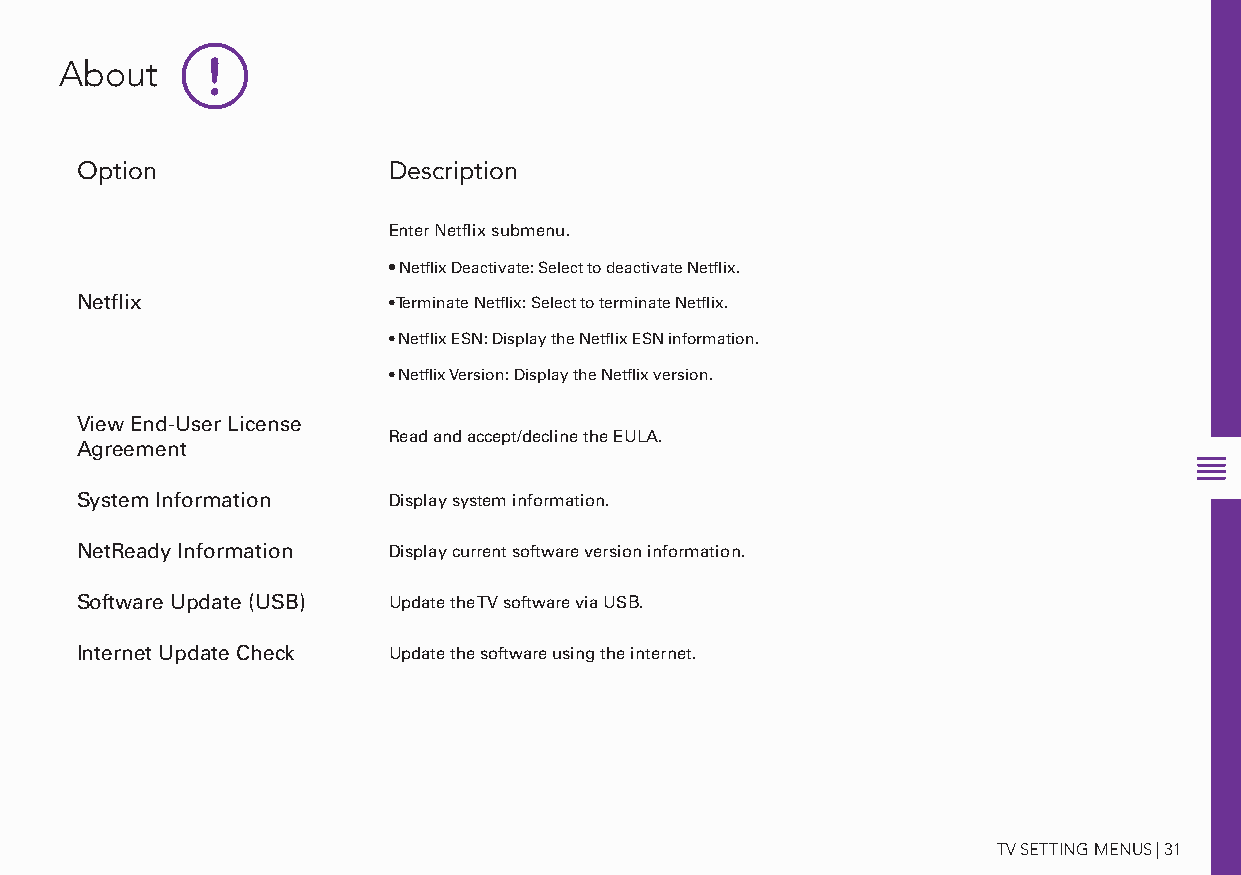
About     !
 Option               Description
 Enter Netflix submenu.
 • Netflix Deactivate: Select to deactivate Netflix.
 Netflix              • Terminate Netflix: Select to terminate Netflix.
 • Netflix ESN: Display the Netflix ESN information.
 • Netflix Version: Display the Netflix version.
 View End-User License
 Read and accept/decline the EULA.
 Agreement
 System Information   Display system information.
 NetReady Information Display current software version information.
 Software Update (USB) Update the TV software via USB.
 Internet Update Check Update the software using the internet.
 TV SETTING MENUS | 31